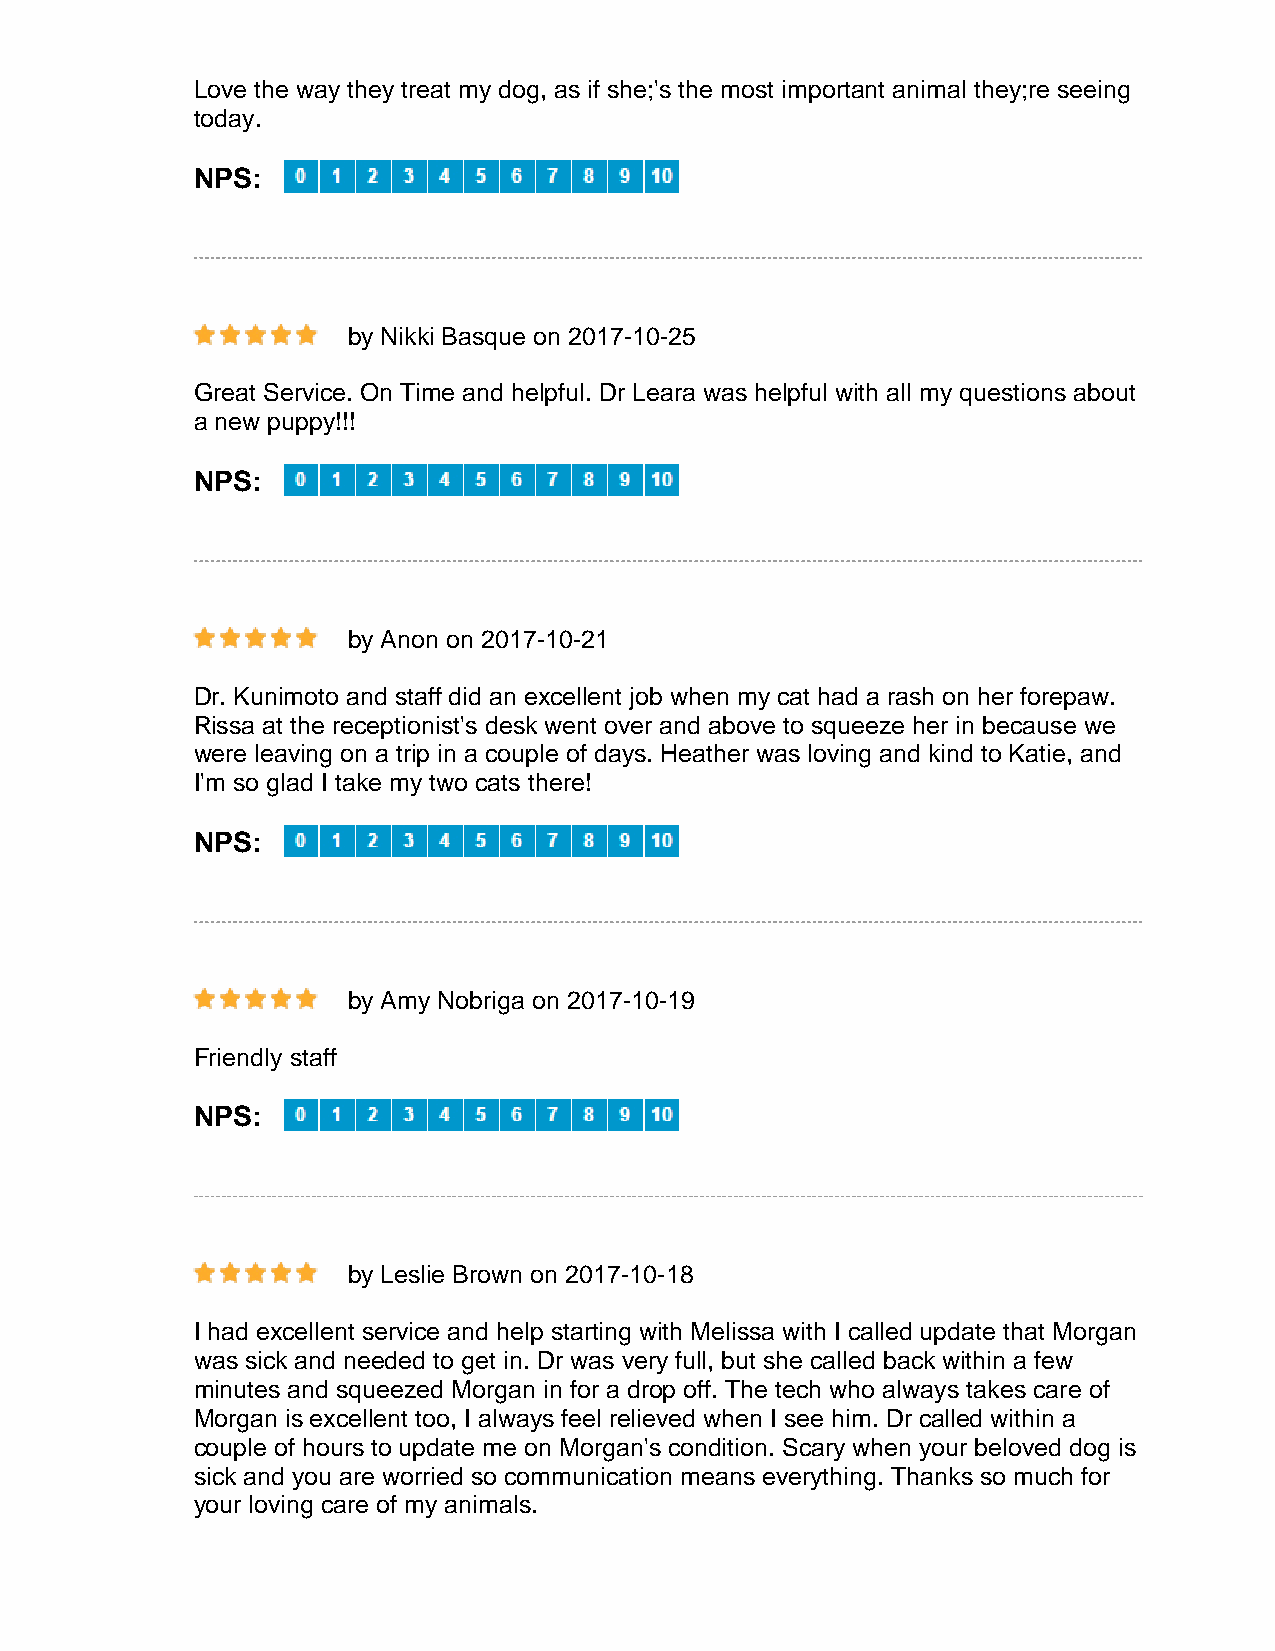
Love the way they treat my dog, as if she;'s the most important animal they;re seeing
 today.
 NPS:
 by Nikki Basque on 2017-10-25
 Great Service. On Time and helpful. Dr Leara was helpful with all my questions about
 a new puppy!!!
 NPS:
 by Anon on 2017-10-21
 Dr. Kunimoto and staff did an excellent job when my cat had a rash on her forepaw.
 Rissa at the receptionist's desk went over and above to squeeze her in because we
 were leaving on a trip in a couple of days. Heather was loving and kind to Katie, and
 I'm so glad I take my two cats there!
 NPS:
 by Amy Nobriga on 2017-10-19
 Friendly staff
 NPS:
 by Leslie Brown on 2017-10-18
 I had excellent service and help starting with Melissa with I called update that Morgan
 was sick and needed to get in. Dr was very full, but she called back within a few
 minutes and squeezed Morgan in for a drop off. The tech who always takes care of
 Morgan is excellent too, I always feel relieved when I see him. Dr called within a
 couple of hours to update me on Morgan's condition. Scary when your beloved dog is
 sick and you are worried so communication means everything. Thanks so much for
 your loving care of my animals.